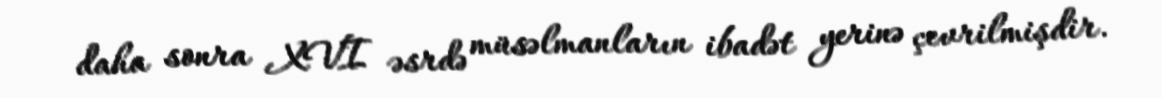
daha sonra XVI əsrdə müsəlmanların ibadət yerinə çevrilmişdir.